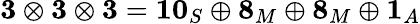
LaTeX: \mathbf{3}\otimes\mathbf{3}\otimes\mathbf{3}=\mathbf{10}_{S}\oplus\mathbf{8}_{M}\oplus\mathbf{8}_{M}\oplus\mathbf{1}_{A}